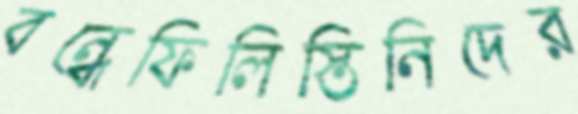
বন্ধেফিলিস্তিনিদের